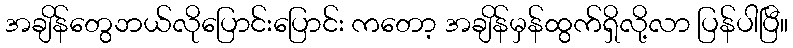
အချိန်တွေဘယ်လိုပြောင်းပြောင်း ကတော့ အချိန်မှန်ထွက်ရှိလို့လာ ပြန်ပါပြီ။